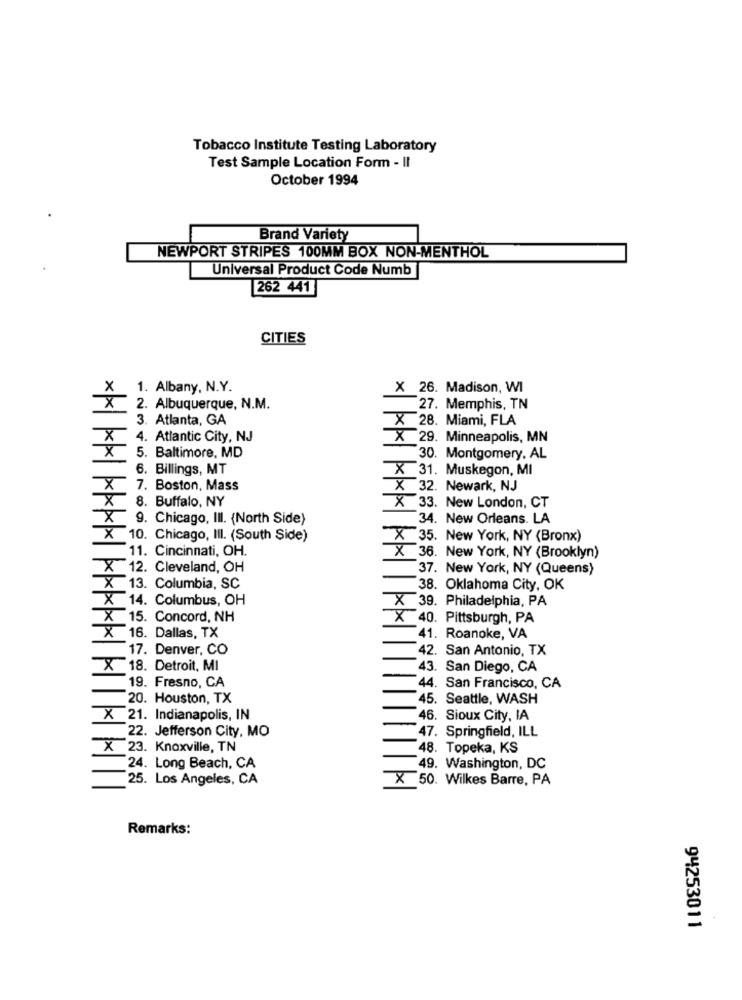
Tobacco Institute Testing Laboratory
Test Sample Location Form - II
October 1994
Brand Variety
NEWPORT STRIPES 100MM BOX NON-MENTHOL
Universal Product Code Numb
262 441
CITIES
1. Albany, N.Y.
X 26. Madison, WI
2. Albuquerque, N.M.
27. Memphis, TN
3. Atlanta, GA
X 28. Miami, FLA
X
4. Atlantic City, NJ
X 29. Minneapolis, MN
x
5. Baltimore, MD
30. Montgomery, AL
6. Billings, MT
X 31. Muskegon, MI
X
7. Boston, Mass
X 32. Newark, NJ
x
8. Buffalo, NY
X 33. New London, CT
x
9. Chicago, III. {North Side)
34. New Orleans. LA
X
10. Chicago, IlI. (South Side)
X 35. New York, NY (Bronx)
11. Cincinnati, OH.
X 36. New York, NY (Brooklyn)
x
12. Cleveland, OH
37. New York, NY (Queens)
x
13. Columbia, SC
38. Oklahoma City, OK
X 14. Columbus, OH
X 39. Philadelphia, PA
X 15. Concord, NH
X 40. Pittsburgh, PA
x
16. Dallas, TX
41. Roanoke, VA
17. Denver, CO
42. San Antonio, TX
X
18. Detroit, MI
43. San Diego, CA
19. Fresno, CA
44. San Francisco, CA
20. Houston, TX
45. Seattle, WASH
X 21. Indianapolis, IN
46. Sioux City, IA
22. Jefferson City, MO
47. Springfield, ILL
X 23. Knoxville, TN
48. Topeka, KS
24. Long Beach, CA
49. Washington, DC
25. Los Angeles, CA
X 50. Wilkes Barre, PA
Remarks:
94253011